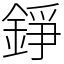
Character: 錚